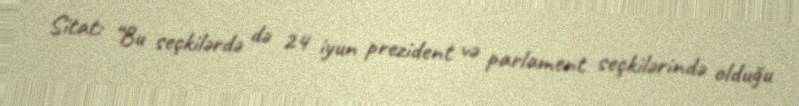
Sitat: “Bu seçkilərdə də 24 iyun prezident və parlament seçkilərində olduğu